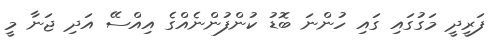
ފަރީދީ މަގުގައި ގައި ހުންނަ ބޮޑު ކުންފުންނެއްގެ އިއްސޭ އަދި ޖަނާ މީ